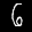
Label: 6